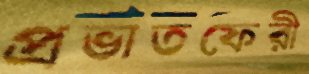
প্রভাতফেরী